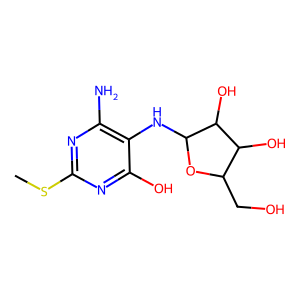
SMILES: CSc1nc(N)c(NC2OC(CO)C(O)C2O)c(O)n1
Inhibits HIV replication: Yes